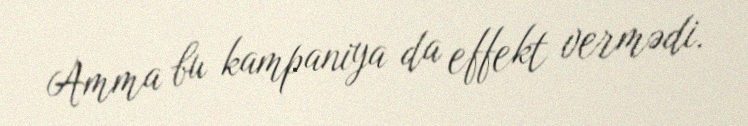
Amma bu kampaniya da effekt vermədi.